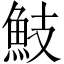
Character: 𩵾